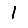
Digit: 1